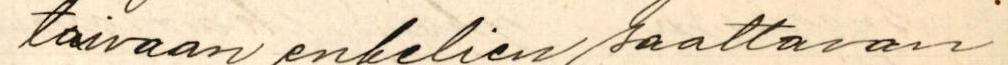
taivaan enkelien saattavan